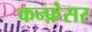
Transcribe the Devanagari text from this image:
कन्फ़ेसर